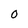
Character: 0